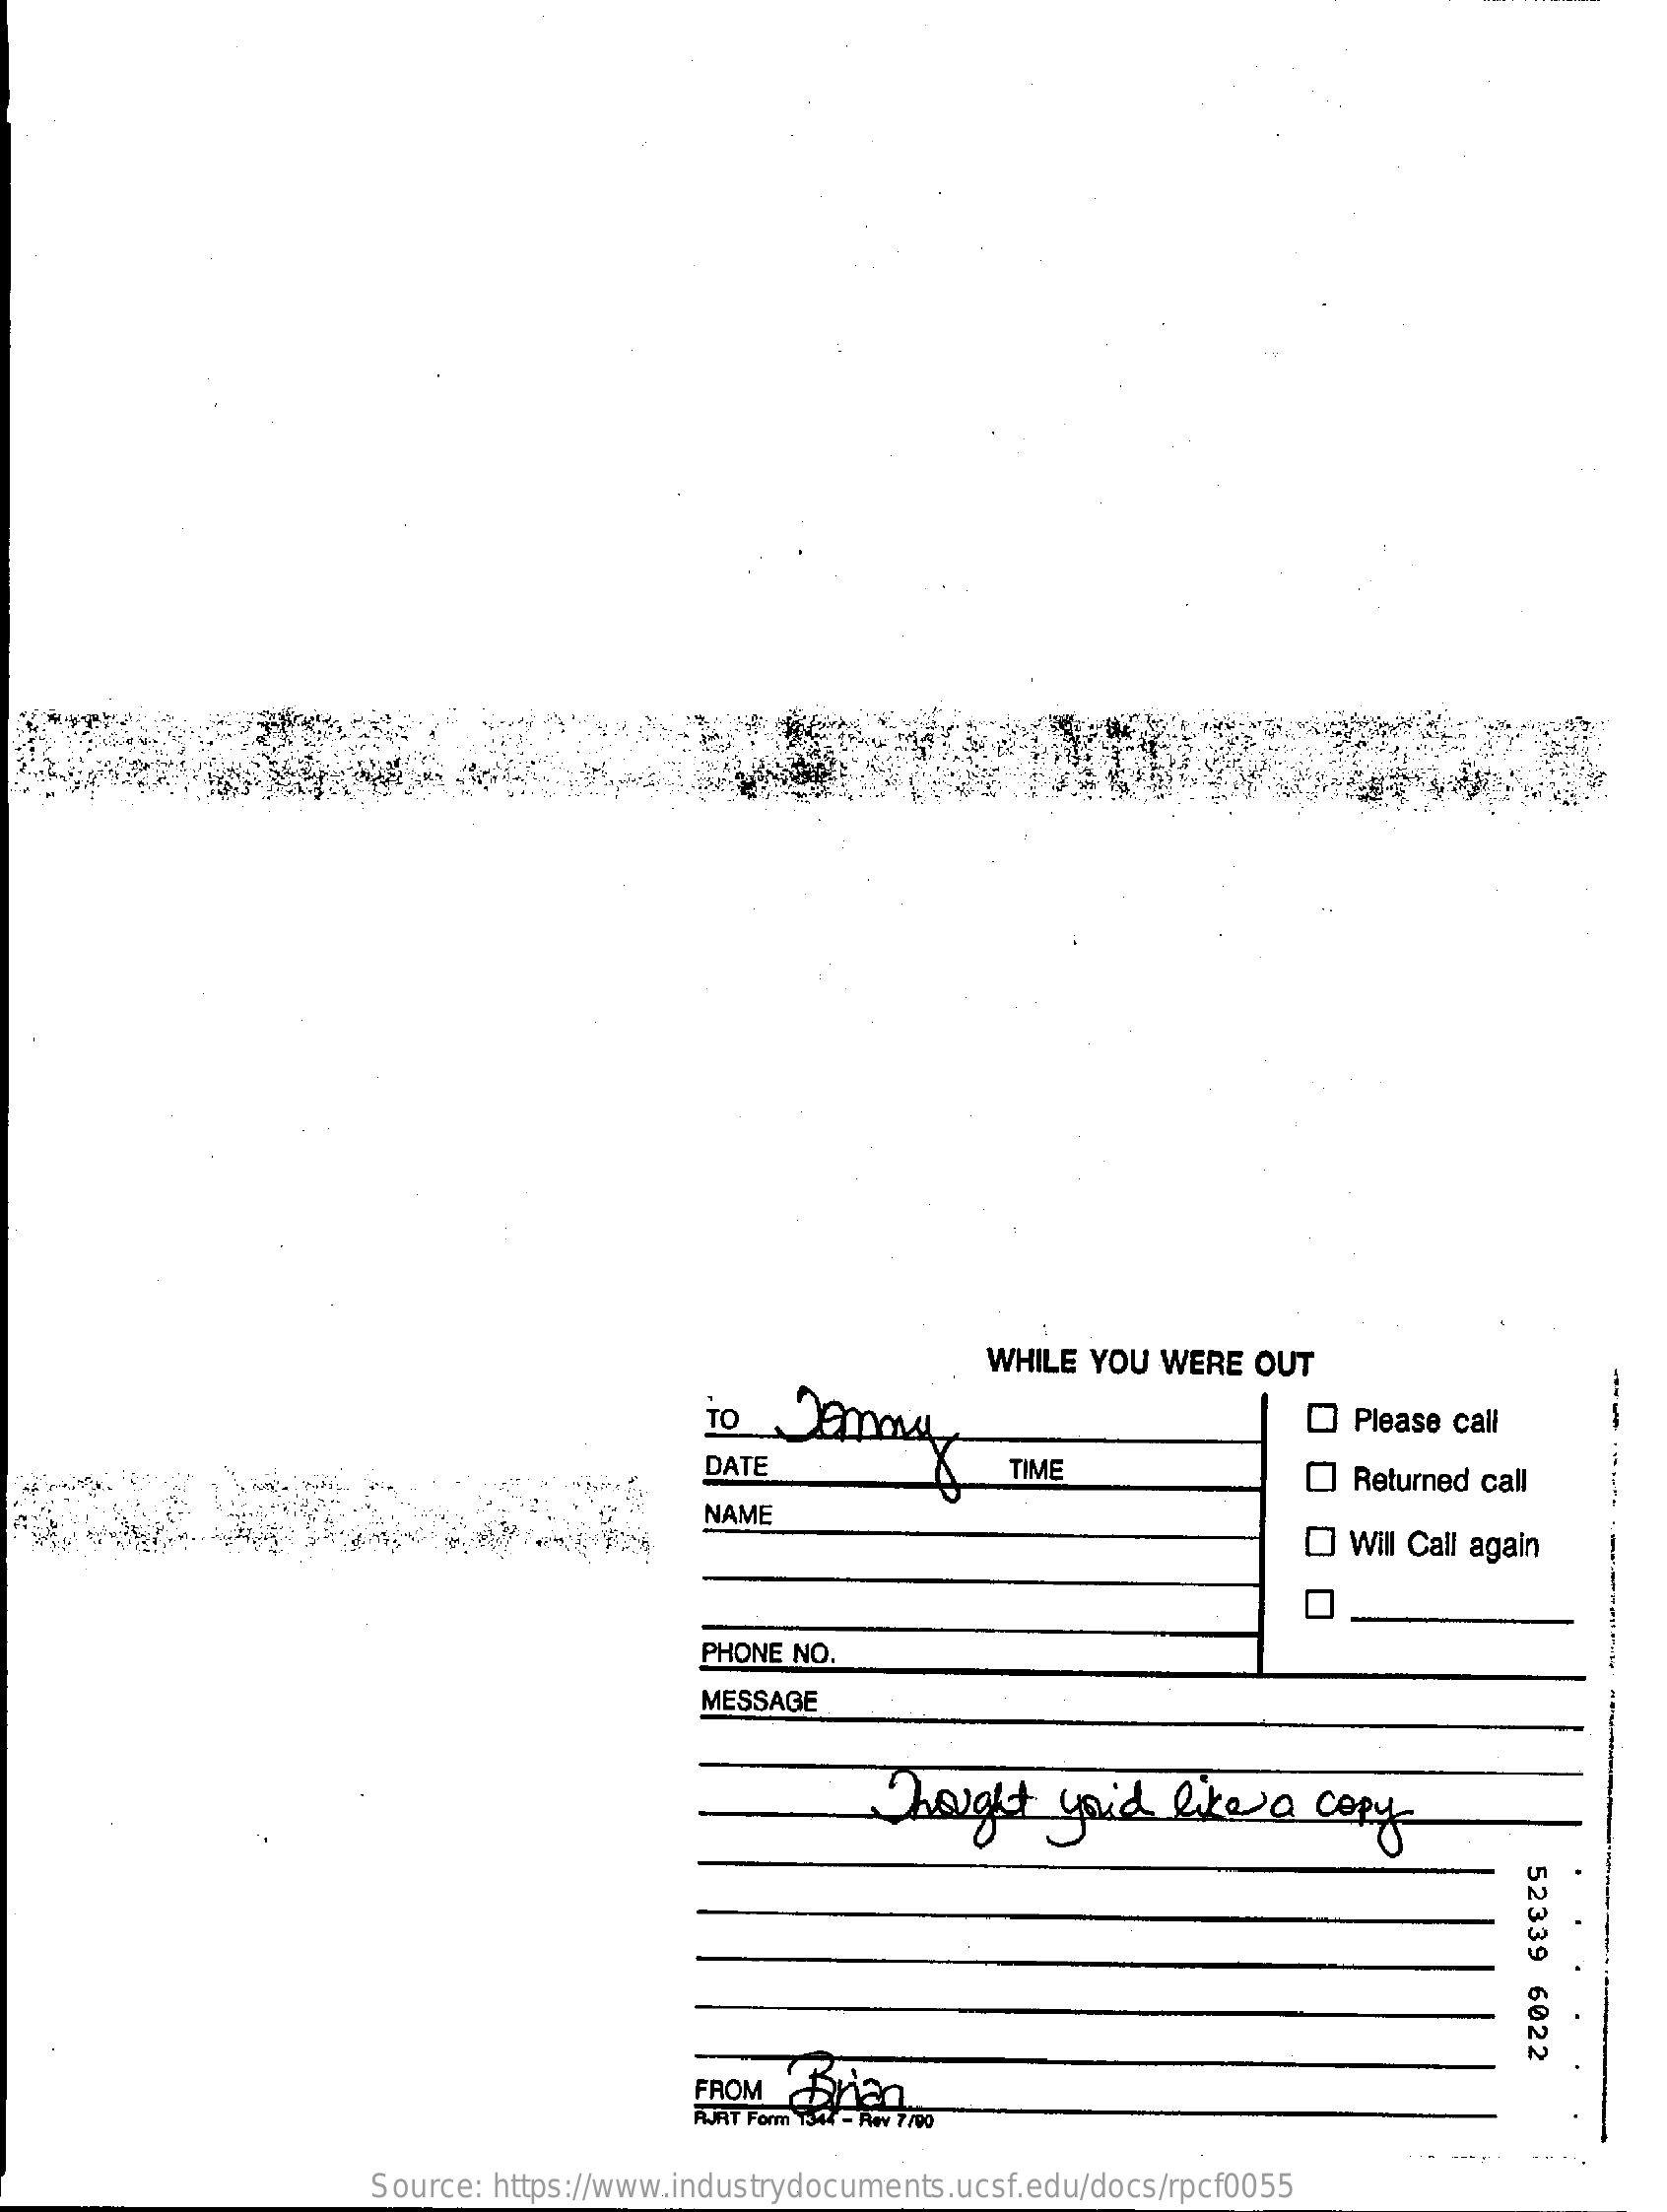
WHILE  YOU WERE  OUT
     ---
     Please call
     DATE    TIME    Returned call
     NAME
     O Will Call again
     O
     PHONE NO.
     MESSAGE
     Thought    you'd   like  a  copy
     52339
     6022
     FROM   RYen.
     RJAT Form 1344 - Rev 7/00
     Source: https://www.industrydocuments.ucsf.edu/docs/rpcf0055